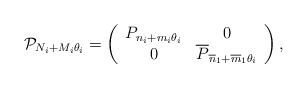
\begin{align*}\mathcal{P}_{N_{i}+M_{i}\theta _{i}}=\left(\begin{array}{cc}P_{n_{i}+m_{i}\theta _{i}} & 0 \\0 & \overline{P}_{\overline{n}_{1}+\overline{m}_{1}\theta _{i}}\end{array}\right) , \end{align*}